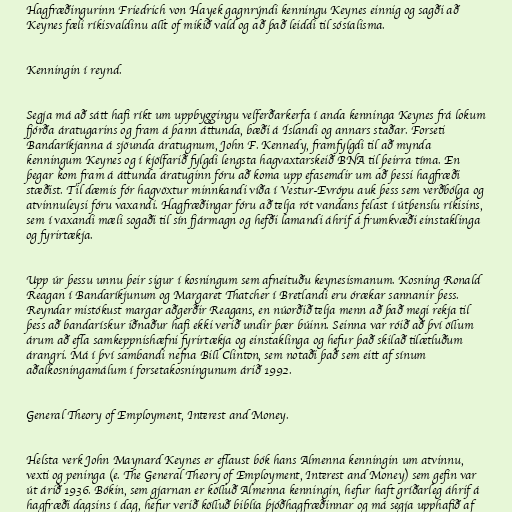
Hagfræðingurinn Friedrich von Hayek gagnrýndi kenningu Keynes einnig og sagði að
Keynes fæli ríkisvaldinu allt of mikið vald og að það leiddi til sósíalisma.

Kenningin í reynd.

Segja má að sátt hafi ríkt um uppbyggingu velferðarkerfa í anda kenninga Keynes frá lokum
fjórða áratugarins og fram á þann áttunda, bæði á Íslandi og annars staðar. Forseti
Bandaríkjanna á sjöunda áratugnum, John F. Kennedy, framfylgdi til að mynda
kenningum Keynes og í kjölfarið fylgdi lengsta hagvaxtarskeið BNA til þeirra tíma. En
þegar kom fram á áttunda áratuginn fóru að koma upp efasemdir um að þessi hagfræði
stæðist. Til dæmis fór hagvöxtur minnkandi víða í Vestur-Evrópu auk þess sem verðbólga og
atvinnuleysi fóru vaxandi. Hagfræðingar fóru að telja rót vandans felast í útþenslu ríkisins,
sem í vaxandi mæli sogaði til sín fjármagn og hefði lamandi áhrif á frumkvæði einstaklinga
og fyrirtækja.

Upp úr þessu unnu þeir sigur í kosningum sem afneituðu keynesismanum. Kosning Ronald
Reagan í Bandaríkjunum og Margaret Thatcher í Bretlandi eru órækar sannanir þess.
Reyndar mistókust margar aðgerðir Reagans, en núorðið telja menn að það megi rekja til
þess að bandarískur iðnaður hafi ekki verið undir þær búinn. Seinna var róið að því öllum
árum að efla samkeppnishæfni fyrirtækja og einstaklinga og hefur það skilað tilætluðum
árangri. Má í því sambandi nefna Bill Clinton, sem notaði það sem eitt af sínum
aðalkosningamálum í forsetakosningunum árið 1992.

General Theory of Employment, Interest and Money.

Helsta verk John Maynard Keynes er eflaust bók hans Almenna kenningin um atvinnu,
vexti og peninga (e. The General Theory of Employment, Interest and Money) sem gefin var
út árið 1936. Bókin, sem gjarnan er kölluð Almenna kenningin, hefur haft gríðarleg áhrif á
hagfræði dagsins í dag, hefur verið kölluð biblía þjóðhagfræðinnar og má segja upphafið af